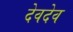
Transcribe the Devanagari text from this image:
देवदेव